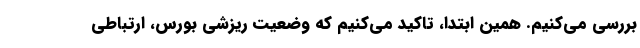
بررسی می‌کنیم. همین ابتدا، تاکید می‌کنیم که وضعیت ریزشی بورس، ارتباطی